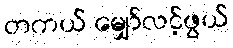
တကယ် မျှော်လင့်ဖွယ်